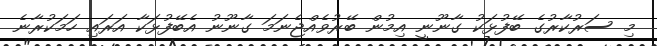
މި ސަރުކާރުގެ ބޭފުޅަކު ގާނޫނީ އިމުން ބޭރުވެއްޖެނަމަ ގާނޫނު އެބޭފުޅަކާ އަރައި ހަމަކުރާނެ